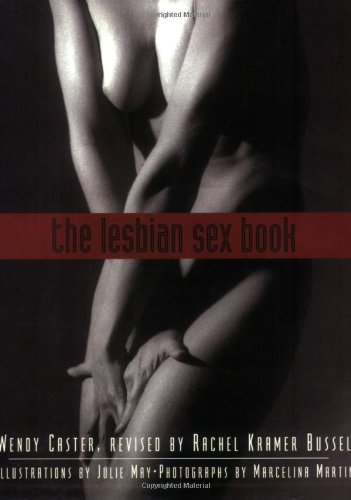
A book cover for The Lesbian Sex Book, 2nd Edition: A Guide for Women Who Love Women; Wendy Caster; Gay & Lesbian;